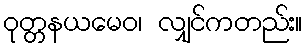
ဝုတ္တနယမေဝ၊ လျှင်ကတည်း။